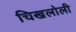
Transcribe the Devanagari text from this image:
चिखलोली